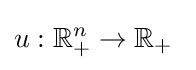
u:\mathbb {R} _{+}^{n}\rightarrow \mathbb {R} _{+}\